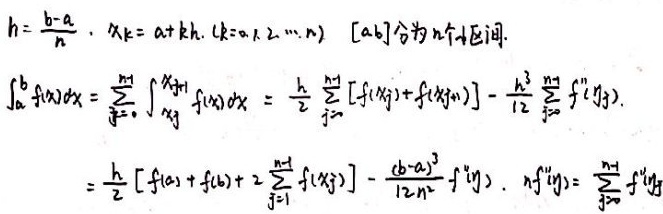
\[
\begin{align*}
h&=\frac{b - a}{n},x_{k}=a + kh,(k = 0,1,2,\cdots,n) \quad [a,b]\text{分为}n\text{个区间}.\\
\int_{a}^{b}f(x)dx&=\sum_{j = 0}^{n - 1}\int_{x_{j}}^{x_{j+1}}f(x)dx=\frac{h}{2}\sum_{j = 0}^{n - 1}[f(x_{j})+f(x_{j + 1})]-\frac{h^{3}}{12}\sum_{j = 0}^{n - 1}f''(\eta_{j})\\
&=\frac{h}{2}[f(a)+f(b)+2\sum_{j = 1}^{n - 1}f(x_{j})]-\frac{(b - a)^{3}}{12n^{2}}f''(\eta),n f''(\eta)=\sum_{j = 0}^{n - 1}f''(\eta_{j})
\end{align*}
\]